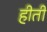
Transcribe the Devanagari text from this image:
हीती